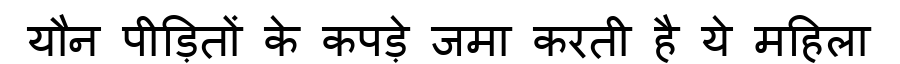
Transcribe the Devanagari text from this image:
यौन पीड़ितों के कपड़े जमा करती है ये महिला